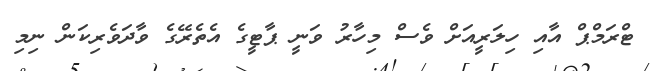
ޓްރަމްޕް އާއި ހިލަރީއަށް ވެސް މިހާރު ވަނީ ޕާޓީގެ އެތެރޭގެ ވާދަވެރިކަން ނިމި